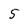
Character: 5